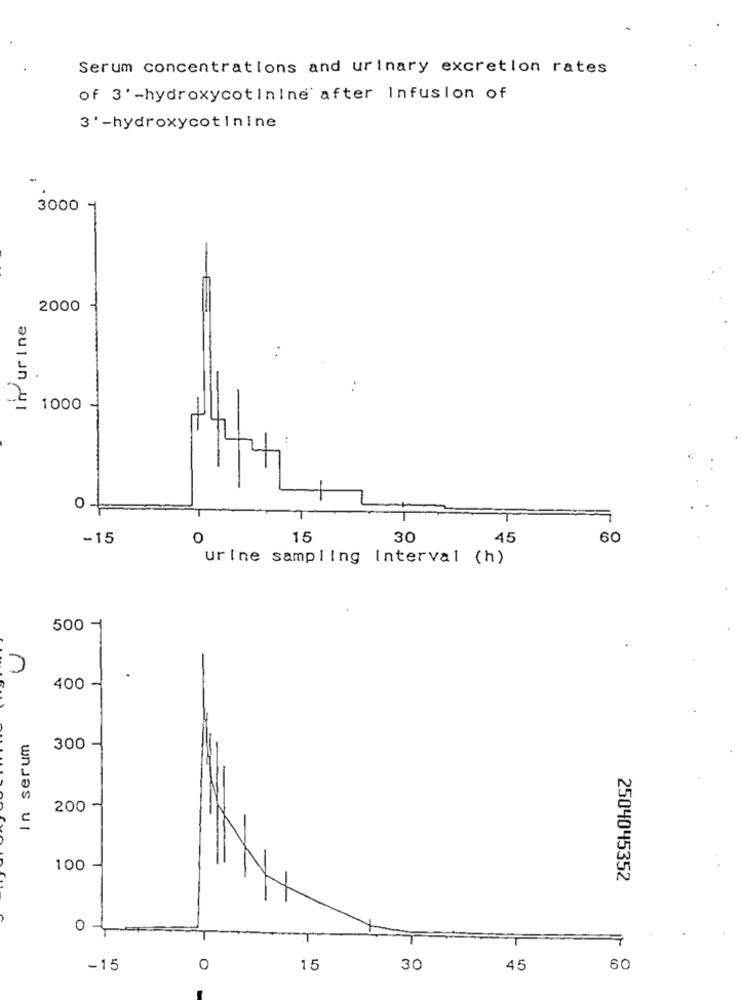
Serum concentrations and urinary excretion rates
of 3' -hydroxycotinine' after Infusion of
3' -hydroxycotinine
3000
2000
In urine
1000
0 +
T
-15
O
15
30
45
60
urine sampling Interval (h)
500 -
400
In serum
300
200
100
2504045352
0
-15
0
15
30
45
60